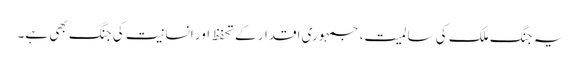
یہ جنگ ملک کی سالمیت، جمہوری اقدار کے تحفظ اور انسانیت کی جنگ بھی ہے۔